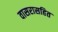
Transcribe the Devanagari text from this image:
वासरासहित